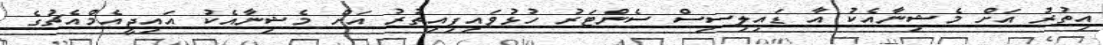
އިތުރު އަށް މެޝިނާއެކު އާ ޑައިލިސިސް ސެންޓަރު ހުޅުވައިފިއިތުރު އަށް މެޝިނާއެކު އައިޖީއެމްއެޗުގެ